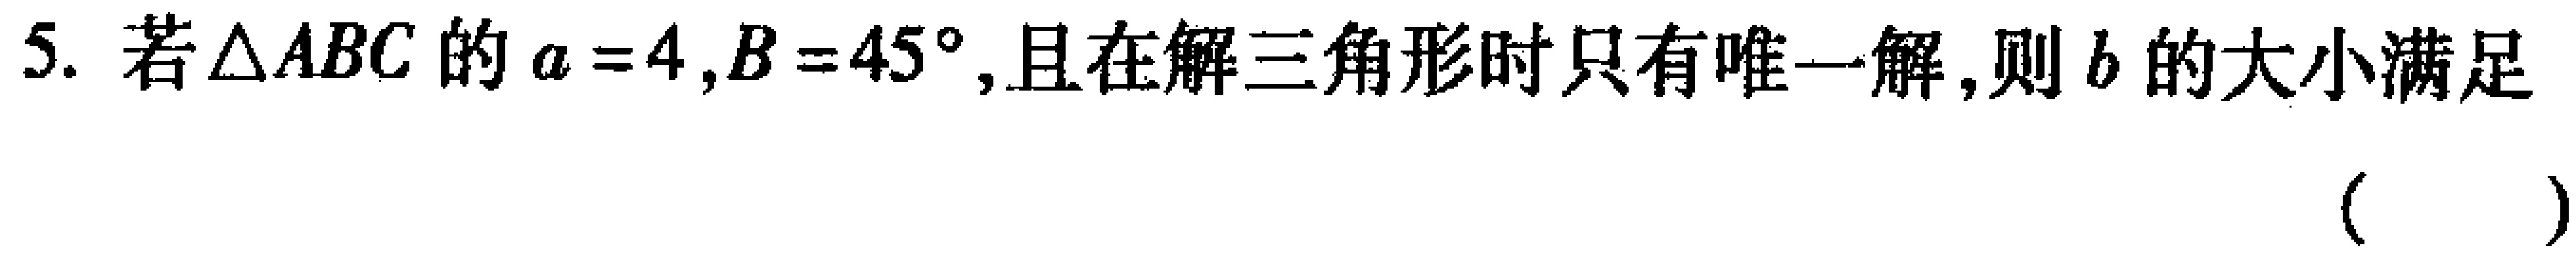
5. 若\(\triangle ABC\)的\(a = 4,B = 45^{\circ}\),且在解三角形时只有唯一解,则\(b\)的大小满足（  ）